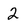
Character: 2